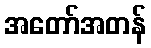
အတော်အတန်